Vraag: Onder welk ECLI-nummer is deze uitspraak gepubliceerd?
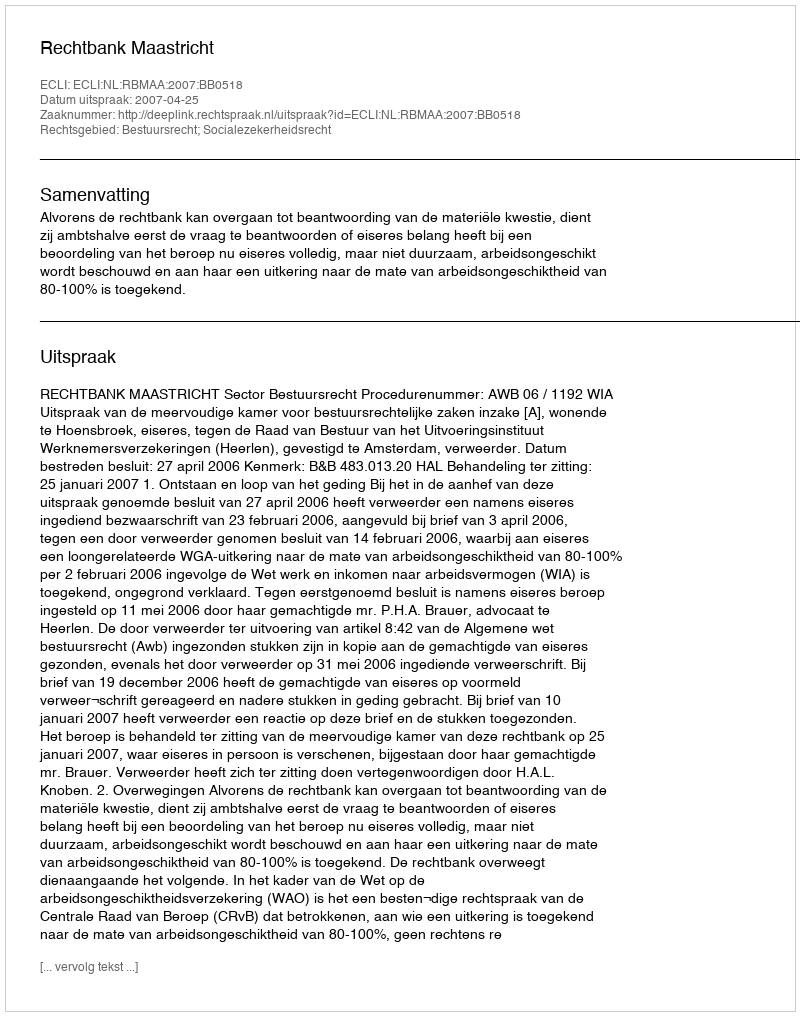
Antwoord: ECLI:NL:RBMAA:2007:BB0518